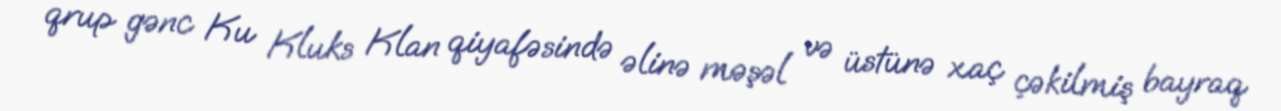
qrup gənc Ku Kluks Klan qiyafəsində əlinə məşəl və üstünə xaç çəkilmiş bayraq